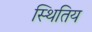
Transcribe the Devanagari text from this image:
स्थितिय